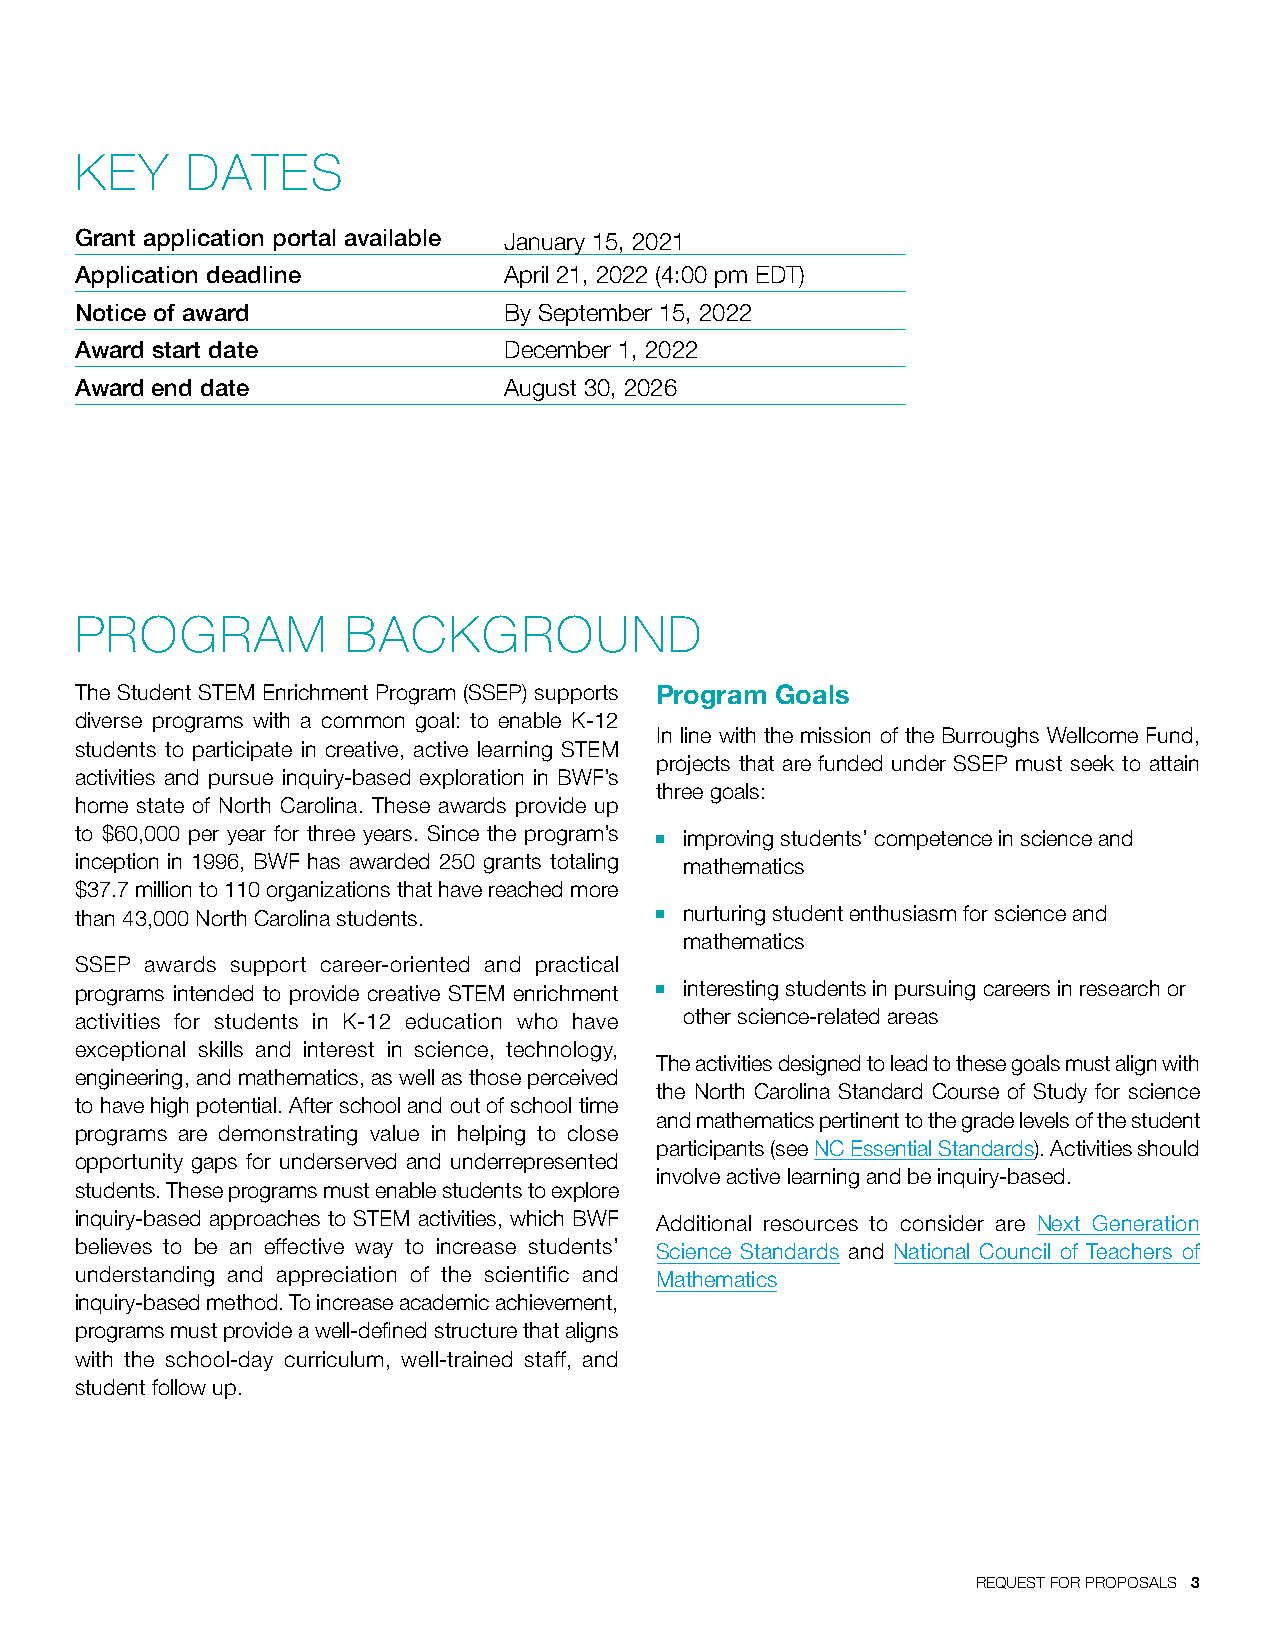
KEY    DATES
 Grant application portal available January 15, 2021
 Application deadline        April 21, 2022 (4:00 pm EDT)
 Notice of award             By September 15, 2022
 Award start date            December 1, 2022
 Award end date              August 30, 2026
 PROGRAM           BACKGROUND
 The Student STEM Enrichment Program (SSEP) supports Program Goals
 diverse programs with a common goal: to enable K-12
 In line with the mission of the Burroughs Wellcome Fund,
 students to participate in creative, active learning STEM
 projects that are funded under SSEP must seek to attain
 activities and pursue inquiry-based exploration in BWF’s
 three goals:
 home state of North Carolina. These awards provide up
 to $60,000 per year for three years. Since the program’s n improving students’ competence in science and
 inception in 1996, BWF has awarded 250 grants totaling mathematics
 $37.7 million to 110 organizations that have reached more
 than 43,000 North Carolina students.  n nurturing student enthusiasm for science and
 mathematics
 SSEP awards support career-oriented and practical
 programs intended to provide creative STEM enrichment n interesting students in pursuing careers in research or
 activities for students in K-12 education who have other science-related areas
 exceptional skills and interest in science, technology,
 The activities designed to lead to these goals must align with
 engineering, and mathematics, as well as those perceived
 the North Carolina Standard Course of Study for science
 to have high potential. After school and out of school time
 and mathematics pertinent to the grade levels of the student
 programs are demonstrating value in helping to close
 participants (see NC Essential Standards). Activities should
 opportunity gaps for underserved and underrepresented
 involve active learning and be inquiry-based.
 students. These programs must enable students to explore
 inquiry-based approaches to STEM activities, which BWF Additional resources to consider are Next Generation
 believes to be an effective way to increase students’ Science Standards and National Council of Teachers of
 understanding and appreciation of the scientific and Mathematics
 inquiry-based method. To increase academic achievement,
 programs must provide a well-defined structure that aligns
 with the school-day curriculum, well-trained staff, and
 student follow up.
 REQUEST FOR PROPOSALS 3